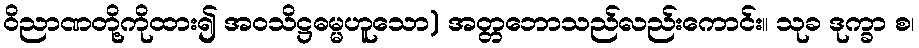
ဝိညာဏတို့ကိုထား၍ အဝသိဋ္ဌဓမ္မဟူသော) အတ္တဘောသည်လည်းကောင်း။ သုခ ဒုက္ခာ စ၊